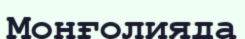
Монғолияда